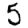
Digit: 5